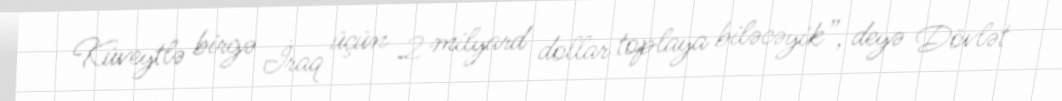
Küveytlə birgə İraq üçün 2 milyard dollar toplaya biləcəyik”, deyə Dövlət